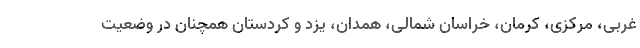
غربی، مرکزی، کرمان، خراسان شمالی، همدان، یزد و کردستان همچنان در وضعیت